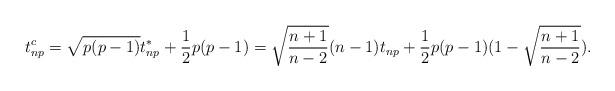
LaTeX: \begin{align*}t_{np}^c=\sqrt{p(p-1)}t^*_{np}+\frac{1}{2}p(p-1)=\sqrt{\frac{n+1}{n-2}}(n-1)t_{np}+\frac{1}{2}p(p-1)(1-\sqrt{\frac{n+1}{n-2}}).\end{align*}